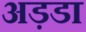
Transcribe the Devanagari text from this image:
अड़डा